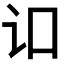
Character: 𬣚